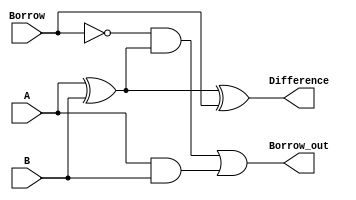
module FullSubtractor (
    input A,
    input B,
    input Borrow,
    output Difference,
    output Borrow_out
    );

    assign Difference = A ^ B ^ Borrow;
    assign Borrow_out = (~Borrow & (A ^ B)) | (A & B);

endmodule